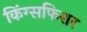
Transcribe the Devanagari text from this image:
किंग्सफिशर